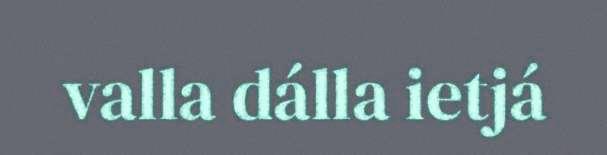
valla dálla ietjá